Indian journal of veterinary science and animal husbandry - Volume 13,
Year: 1943
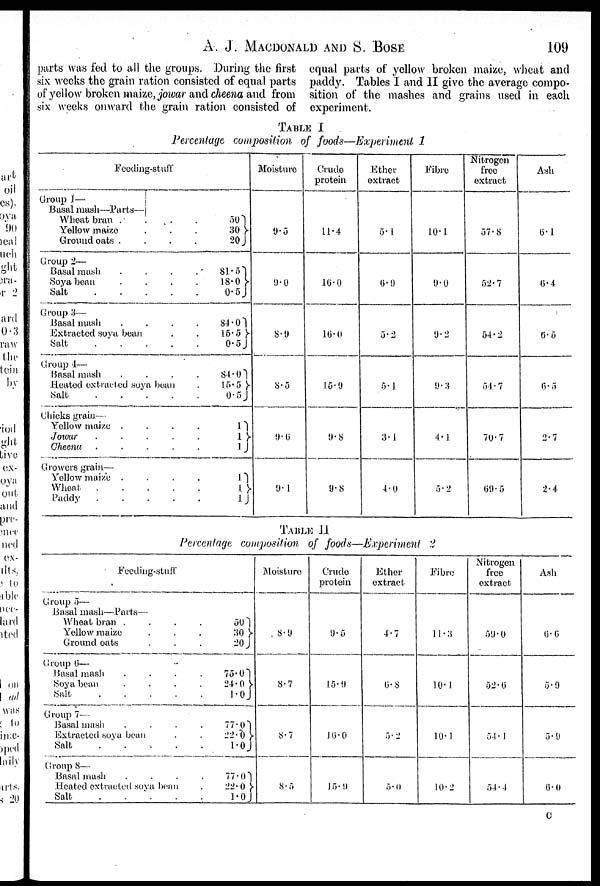
A. J. MACDONALD AND S.
BOSE
109
parts was fed to all the groups. During the first
six weeks the grain ration consisted of equal parts
of yellow broken maize, jowar and cheena and from
six weeks onward the grain ration consisted of
equal parts of yellow broken maize, wheat and
paddy. Tables I and II give the average compo-
sition of the mashes and grains used in each
experiment.
TABLE I
Percentage composition of foods—Experiment 1
Feeding-stuff
Group 1—
Basal mash—Parts—
Wheat bran
.
.
.
.
Yellow maize . . . .
Ground oats
.
.
.
.
Group 2—
Basal mash . . . .
Soya bean
.
.
.
.
Salt
.
.
.
.
Group 3—
Basal mash . . . .
Extracted soya bean . . . .
Salt . . . .
Group 4—
Basal mash . . . .
Heated extracted soya bean .
Salt
.
.
.
.
.
Chicks grain—
Yellow maize . . . .
Jowar
.
.
.
.
Cheena
.
.
.
.
Growers grain—
Yellow maize . . . .
Wheat
.
.
.
.
Paddy
.
.
.
.
50
30}
20
81.5
18.0} 0.5
84.0
15.5}
0.5
84.0
15.5}
0.5
1
1}
1
1
1}
1
Moisture
9.5
9.0
8.9
8.5
9.6
9.1
Crude
protein
11.4
16.0
16.0
15.9
9.8
9.8
Ether
extract
5.1
6.9
5.2
5.1
3.1
4.0
Fibre
10.1
9.0
9.2
9.3
4.1
5.2
Nitrogen
free
extract
57.8
52.7
54.2
54.7
70.7
69.5
Ash
6.1
6.4
6.5
6.5
2.7
2.4
TABLE II
Percentage coin-position of foods—Experiment
2
Feeding-stuff
Group 5—
Basal mash—Parts—
Wheat bran
.
.
.
.
Yellow maize . . . .
Ground oats . . . .
Group 6—
Basal mash
.
.
.
.
Soya bean . . . .
Salt
.
.
.
.
Group 7—
Basal mash . . . .
Extracted soya bean . . . .
Salt . . . .
Group 8—
Basal mash . . . .
Heated extracted soya bean .
Salt . . . .
50
30}
20
75.0
24.0}
1.0
77.0
22.0}
1.0
77.0
22.0}
1.0
Moisture
8.9
8.7
8.7
8.5
Crude
protein
9.5
15.9
16.0
15.9
Ether
extract
4.7
6.8
5.2
5.0
Fibre
11.3
10.1
10.1
10.2
Nitrogen
free
extract
59.0
52.6
54.1
54.4
Ash
6.6
5.9
5.9
6.0
C